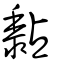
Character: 黏